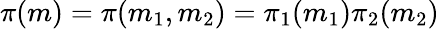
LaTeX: \pi(m)=\pi(m_{1},m_{2})=\pi_{1}(m_{1})\pi_{2}(m_{2})